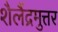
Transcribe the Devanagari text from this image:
शैलैंद्रमुत्तर